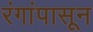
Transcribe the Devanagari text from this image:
रंगांपासून